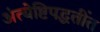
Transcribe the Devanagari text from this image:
अंत्येष्टिपद्धतींत